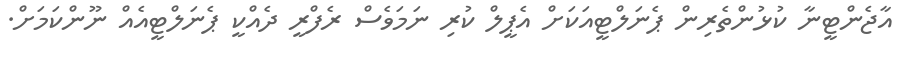
އާޖެންޓީނާ ކުޅުންތެރިން ޕެނަލްޓީއަކަށް އެޕީލް ކުރި ނަމަވެސް ރެފްރީ ދެއްކީ ޕެނަލްޓީއެއް ނޫންކަމަށް.